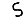
Digit: 5